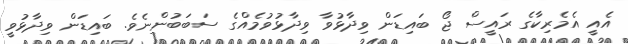
އެއީ އެމެރިކާގެ ރައީސް ޖޯ ބައިޑަން ވިދާޅުވާ ވިދާޅުވުމެއްގެ ސަބަބުންނެވެ. ބައިޑަން ވިދާޅުވީ